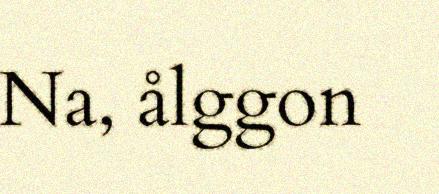
Na, ålggon